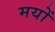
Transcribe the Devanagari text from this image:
मयों